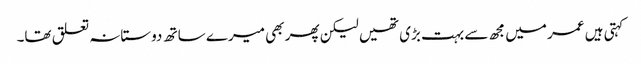
کہتی ہیں عمر میں مجھ سے بہت بڑی تھیں لیکن پھر بھی میرے ساتھ دوستانہ تعلق تھا۔